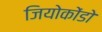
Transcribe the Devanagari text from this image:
जियोकोंडो